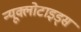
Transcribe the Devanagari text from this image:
न्यूक्लोटाइड्स